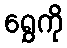
ရွှေကို